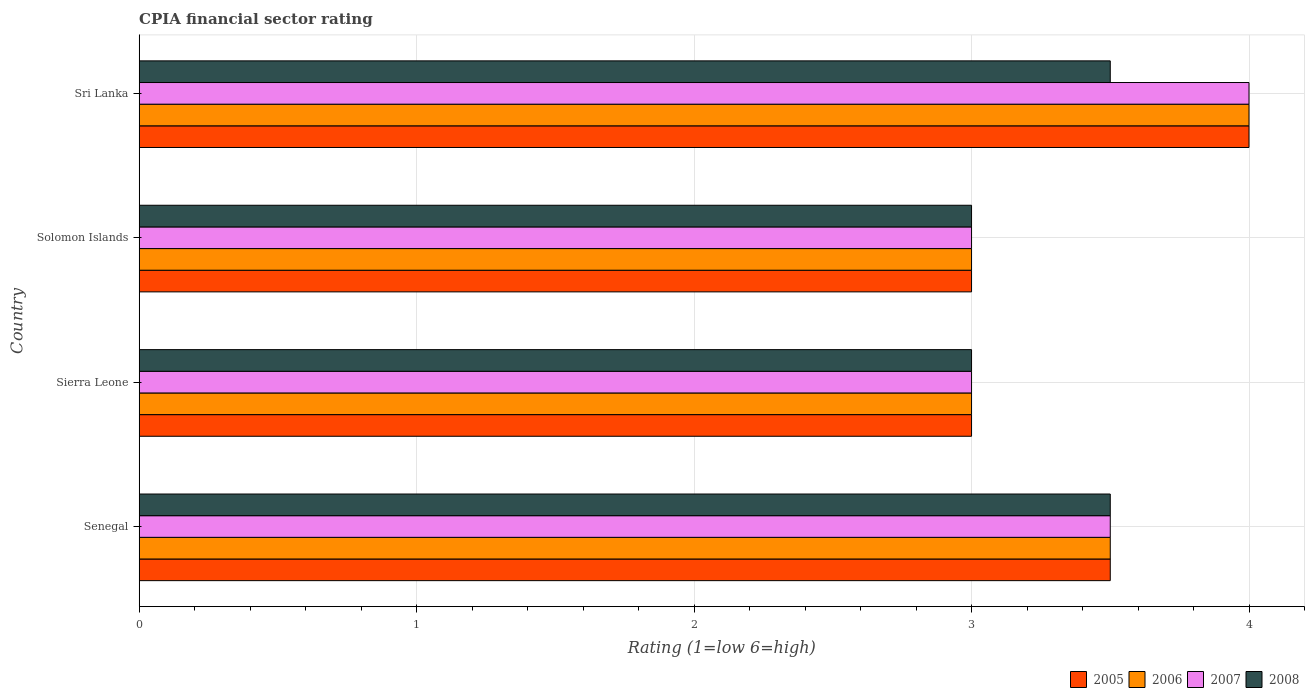
| Country | 2005 | 2006 | 2007 | 2008 |
 | --- | --- | --- | --- | --- |
 | Senegal | 3.5 | 3.5 | 3.5 | 3.5 |
 | Sierra Leone | 3 | 3 | 3 | 3 |
 | Solomon Islands | 3 | 3 | 3 | 3 |
 | Sri Lanka | 4 | 4 | 4 | 3.5 |